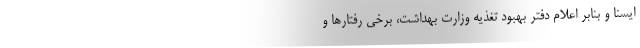
ایسنا و بنابر اعلام دفتر بهبود تغذیه وزارت بهداشت، برخی رفتارها و